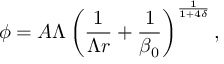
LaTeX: \phi = A \Lambda \left( \frac { 1 } { \Lambda r } + \frac { 1 } { \beta _ { 0 } } \right) ^ { \frac { 1 } { 1 + 4 \delta } } ,